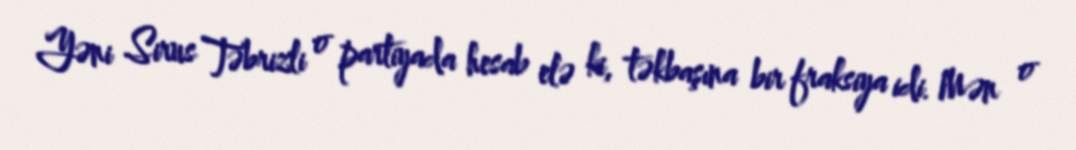
Yəni Sirus Təbrizli o partiyada hesab elə ki, təkbaşına bir fraksiya idi. Mən o